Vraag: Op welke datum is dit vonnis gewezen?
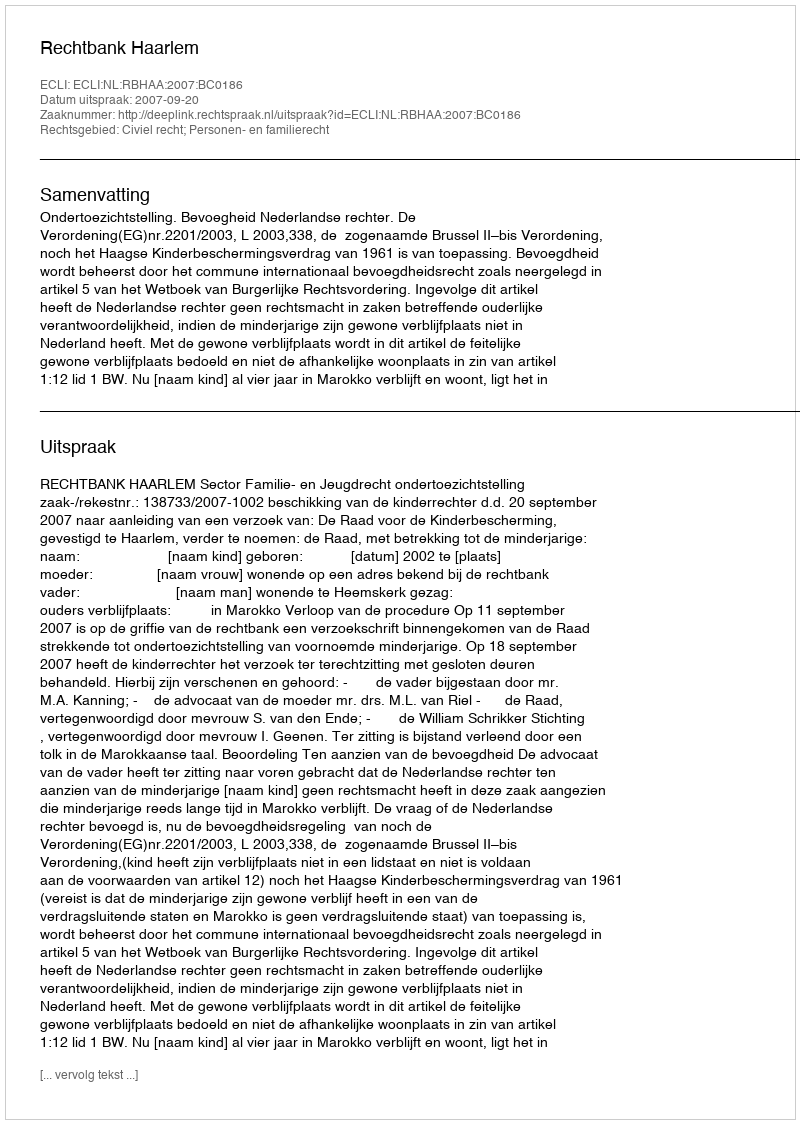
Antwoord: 2007-09-20